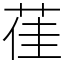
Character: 龿